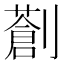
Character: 𠠈